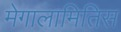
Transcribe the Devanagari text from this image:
मेगालामितिस